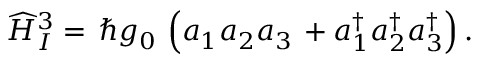
\begin{array} { r } { \widehat { H } _ { I } ^ { 3 } = \, \hbar g _ { 0 } \, \left( a _ { 1 } a _ { 2 } a _ { 3 } \, + a _ { 1 } ^ { \dag } a _ { 2 } ^ { \dag } a _ { 3 } ^ { \dag } \right) . } \end{array}